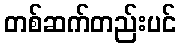
တစ်ဆက်တည်းပင်